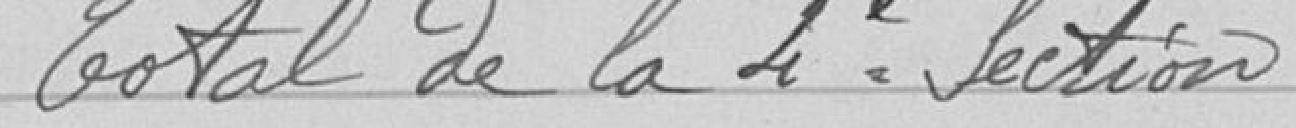
Total de la 4ème Section